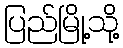
ပြည်မြို့သို့